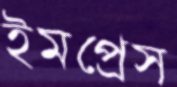
ইমপ্রেস